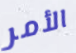
الأمر